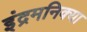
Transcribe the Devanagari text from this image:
इंद्रमनिक्या